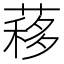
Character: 䔟